Cholera in southern India
Disease focus: Cholera
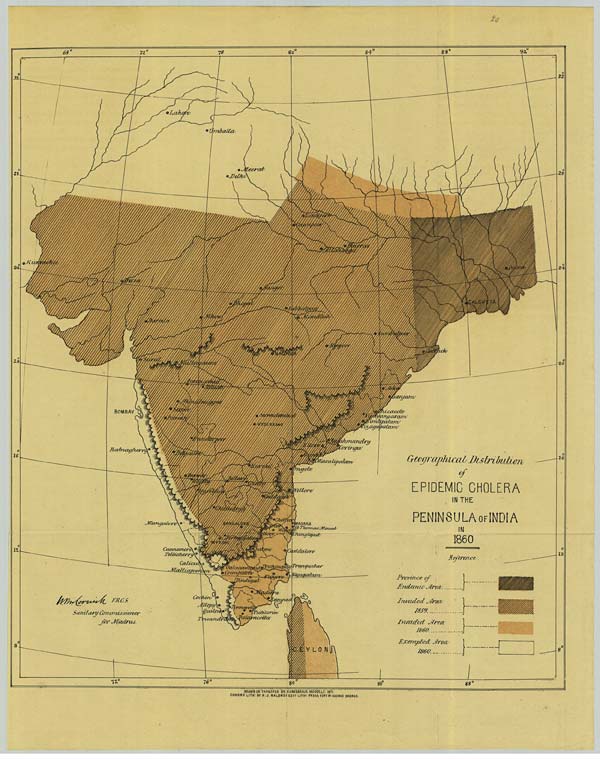
DRAWN ON TRANSFER PAPER BY V. VARDARAJA MOODELY. 1871
CHROMO LITH: BY R.J. BALDREY GOVT. LITH: PRESS FORT ST. GEORGE MADRAS.